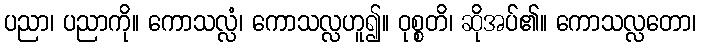
ပညာ၊ ပညာကို။ ကောသလ္လံ၊ ကောသလ္လဟူ၍။ ဝုစ္စတိ၊ ဆိုအပ်၏။ ကောသလ္လတော၊